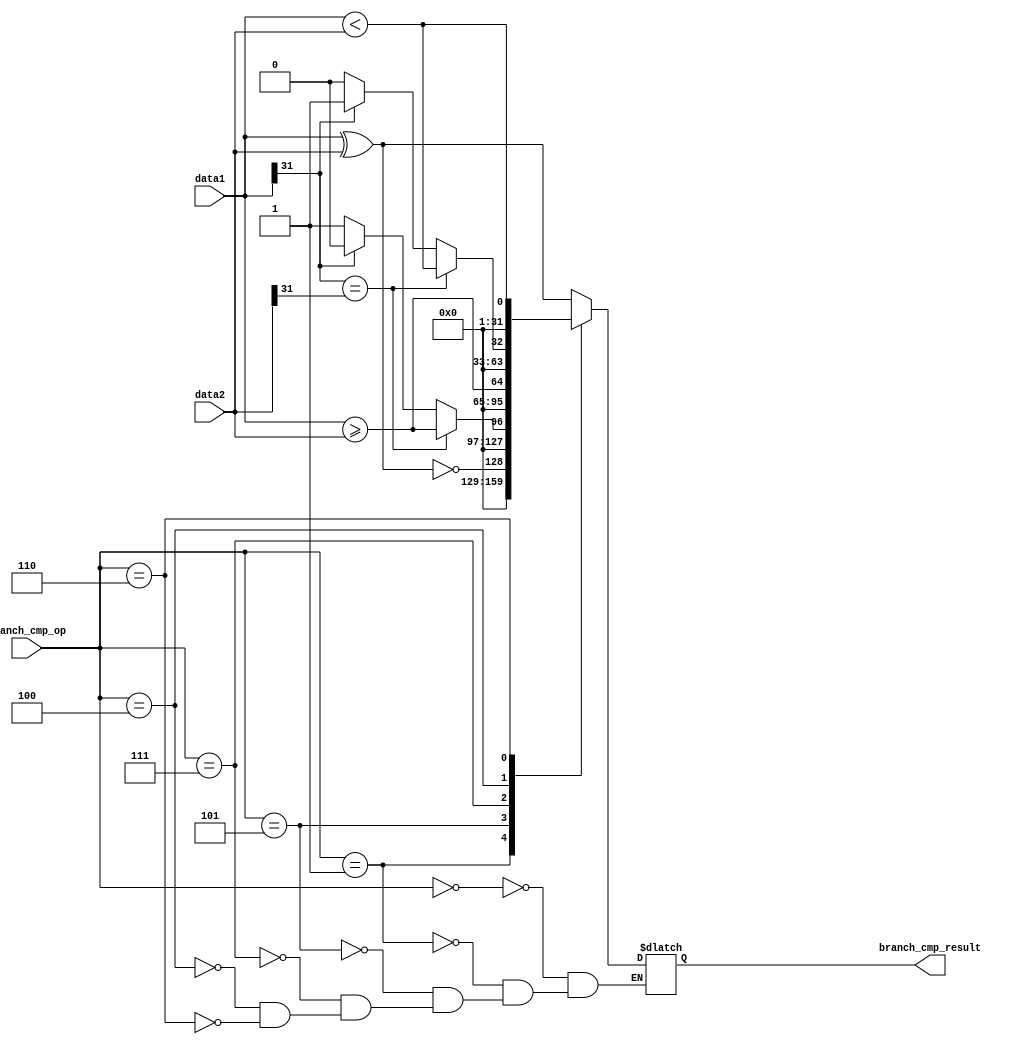
module branch_cmp_unit (

    input [2:0] branch_cmp_op,
    input [31:0] data1,
    input [31:0] data2,

    output reg [31:0] branch_cmp_result
    );

    always @ ( * ) begin
        case (branch_cmp_op)
        // BEQ BNE BGE BGEU BLT BLTU
            3'b000: branch_cmp_result = (data1[31:0] ^ data2[31:0]);

            3'b001: branch_cmp_result = !(data1[31:0] ^ data2[31:0]);

            3'b101: begin   //1111
                if (data1[31]==data2[31]) begin
                    branch_cmp_result = (data1[31:0]>=data2[31:0]);
                end else begin
                    if(data1[31]==0) branch_cmp_result = 31'd1;
                    else branch_cmp_result = 31'd0;
                end
            end

            //0011
            3'b111: branch_cmp_result = (data1[31:0] >= data2[31:0]);

            3'b100: begin   //0111
                if (data1[31]==data2[31]) begin
                    branch_cmp_result = (data1[31:0]<data2[31:0]);
                end else begin
                    if(data1[31]==0) branch_cmp_result = 32'd0;
                    else branch_cmp_result = 32'd1;
                end
            end

            //1011
            3'b110: branch_cmp_result = (data1[31:0] < data2[31:0] );

        endcase
    end

endmodule // branch_cmp_unit